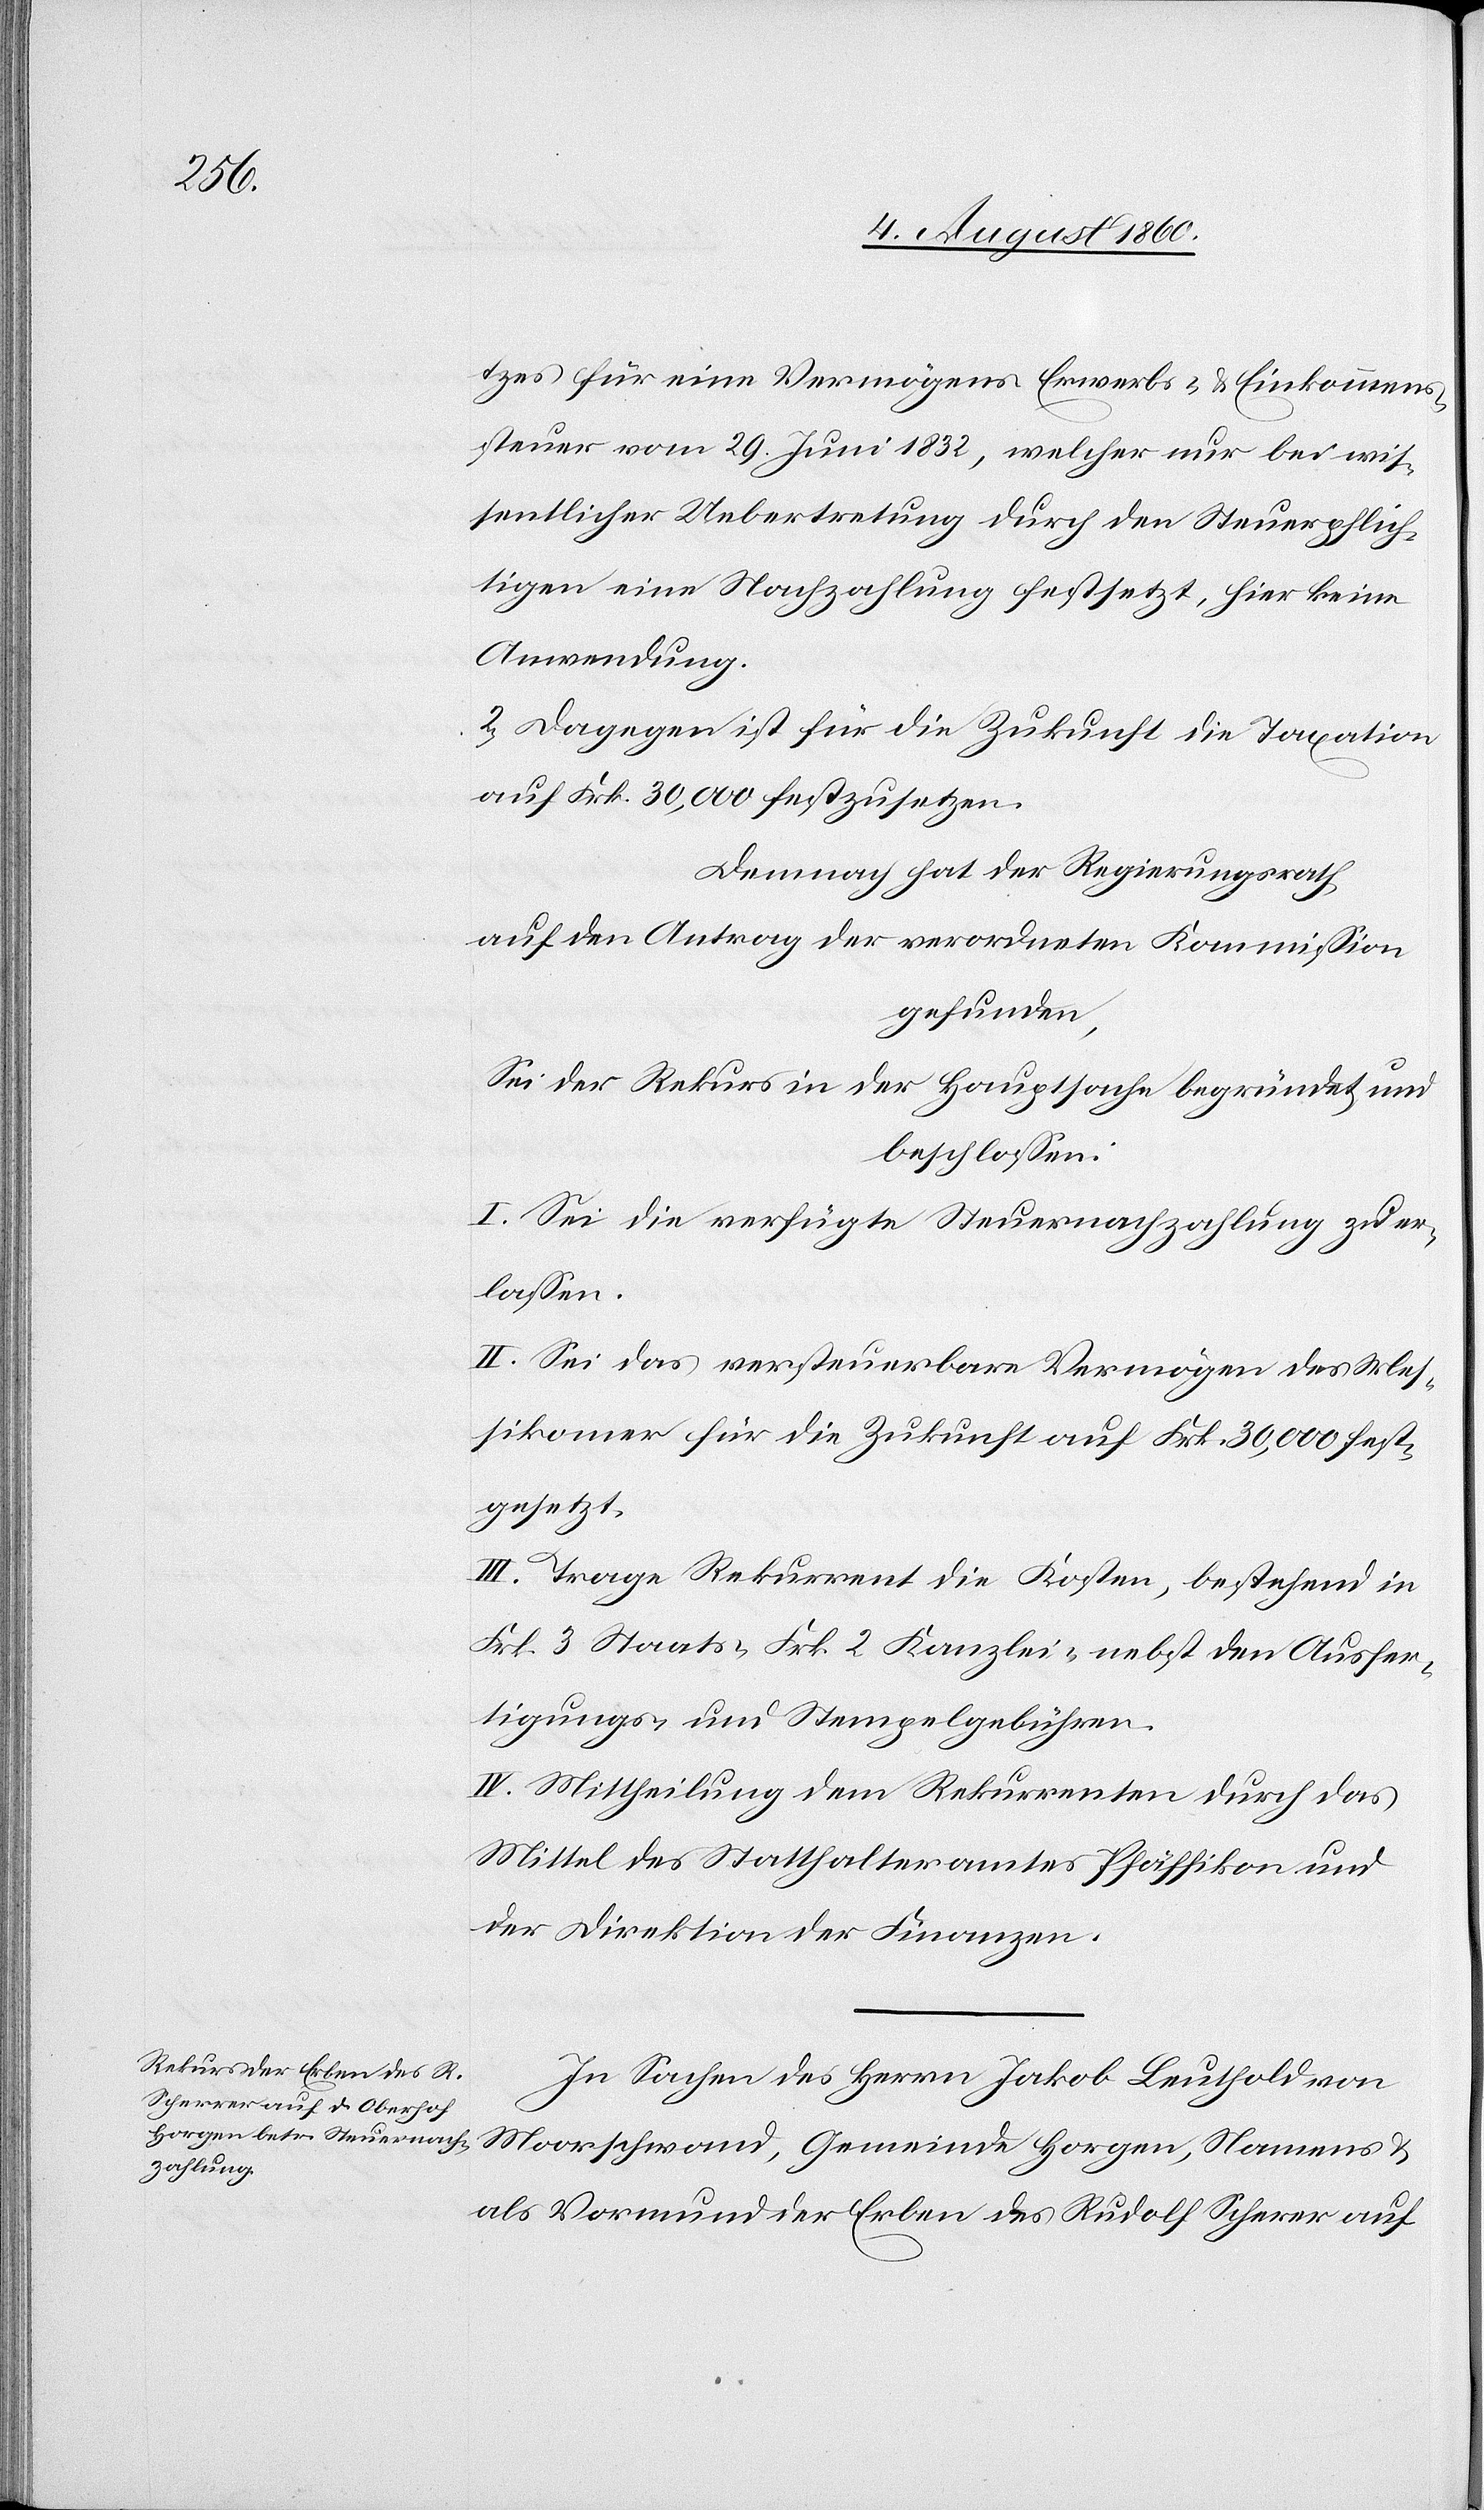
zes für eine Vermögens- Erwerbs- u. Einkommens¬
steuer vom 29. Brachmonat 1832., welcher nur bei wis¬
sentlicher Uebertretung durch den Steuerpflich¬
tigen eine Nachzahlung festsetzt, hier keine
Anwendung.
2. Dagegen ist für die Zukunft die Taxation
auf fcs. 30 000 festzusetzen,
Demnach hat der Regierungsrath,
auf den Antrag der verordneten Kommission
gefunden;
Sei der Rekurs in der Hauptsache begründet u.
beschlossen:
I. Sei die verfügte Steuernachzahlung zu er¬
lassen.
II. Sei das versteuerbare Vermögen des Mes¬
sikomer für die Zukunft auf Frk. 30,000 fest¬
gesetzt.
III. Trage Rekurrent die Kosten, bestehend in
fcs. 3 Staats- 2 fcs. Kanzlei- nebst den Ausfer¬
tigungs- u. Stempelgebühren.
IV. Mittheilung dem Rekurrenten durch das
Mittel des Statthalteramtes Pfäffikon und
der Direktion der Finanzen.
In Sachen des Herrn Jakob Leuthold von
Moorschwand, Gemeinde Horgen, Namens
als Vormund der Erben des Rudolf Scherer auf